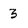
Character: 3